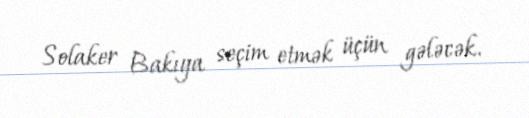
Solaker Bakıya seçim etmək üçün gələcək.